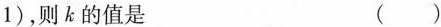
1)，则k的值是 ()